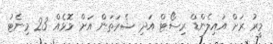
މީރު ރަށް އައިލެންޑް ރިސޯޓް އަދި ޝެރަތަން އަށް މޮޅެއް 23 މިނެޓު